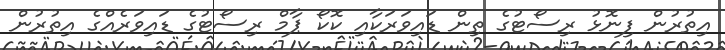
އިތުރުން ފިނޮޅު ރިސޯޓުގެ ތިން ޑައިވަރަކާއި ކޮކޯ ޕާމް ރިސޯޓުގެ ޑައިވަރެއްގެ އިތުރުން